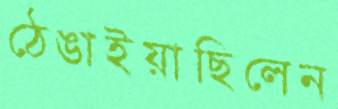
ঠেঙাইয়াছিলেন